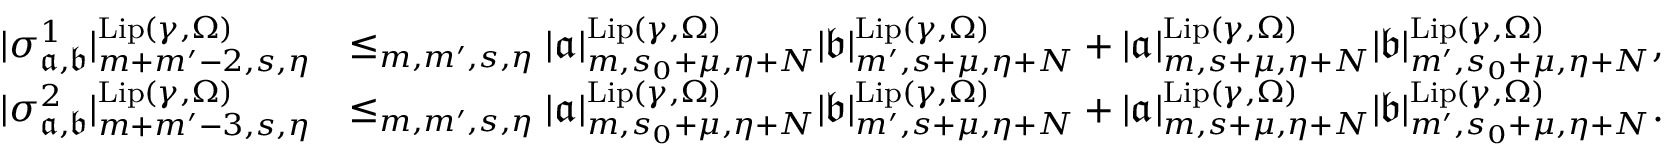
\begin{array} { r l } { | \sigma _ { \mathfrak { a } , \mathfrak { b } } ^ { 1 } | _ { m + m ^ { \prime } - 2 , s , \eta } ^ { \mathrm { L i p } ( \gamma , \Omega ) } } & { \le _ { m , m ^ { \prime } , s , \eta } | \mathfrak { a } | _ { m , s _ { 0 } + \mu , \eta + N } ^ { \mathrm { L i p } ( \gamma , \Omega ) } | \mathfrak { b } | _ { m ^ { \prime } , s + \mu , \eta + N } ^ { \mathrm { L i p } ( \gamma , \Omega ) } + | \mathfrak { a } | _ { m , s + \mu , \eta + N } ^ { \mathrm { L i p } ( \gamma , \Omega ) } | \mathfrak { b } | _ { m ^ { \prime } , s _ { 0 } + \mu , \eta + N } ^ { \mathrm { L i p } ( \gamma , \Omega ) } , } \\ { | \sigma _ { \mathfrak { a } , \mathfrak { b } } ^ { 2 } | _ { m + m ^ { \prime } - 3 , s , \eta } ^ { \mathrm { L i p } ( \gamma , \Omega ) } } & { \le _ { m , m ^ { \prime } , s , \eta } | \mathfrak { a } | _ { m , s _ { 0 } + \mu , \eta + N } ^ { \mathrm { L i p } ( \gamma , \Omega ) } | \mathfrak { b } | _ { m ^ { \prime } , s + \mu , \eta + N } ^ { \mathrm { L i p } ( \gamma , \Omega ) } + | \mathfrak { a } | _ { m , s + \mu , \eta + N } ^ { \mathrm { L i p } ( \gamma , \Omega ) } | \mathfrak { b } | _ { m ^ { \prime } , s _ { 0 } + \mu , \eta + N } ^ { \mathrm { L i p } ( \gamma , \Omega ) } . } \end{array}